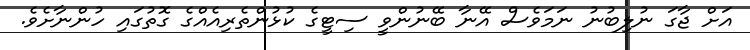
އަށް ޖާގަ ނުލިބުނު ނަމަވެސް އޭނާ ބޭނުންވީ ސިޓީގެ ކުޅުންތެރިއެއްގެ ގޮތުގައި ހުންނާށެވެ.